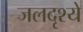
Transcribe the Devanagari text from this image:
जलदृश्ये